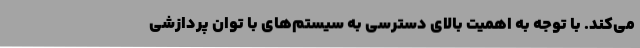
می‌کند. با توجه به اهمیت بالای دسترسی به سیستم‌های با توان پردازشی